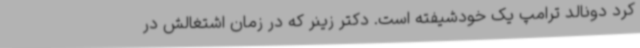
کرد دونالد ترامپ یک خودشیفته است. دکتر زینر که در زمان اشتغالش در